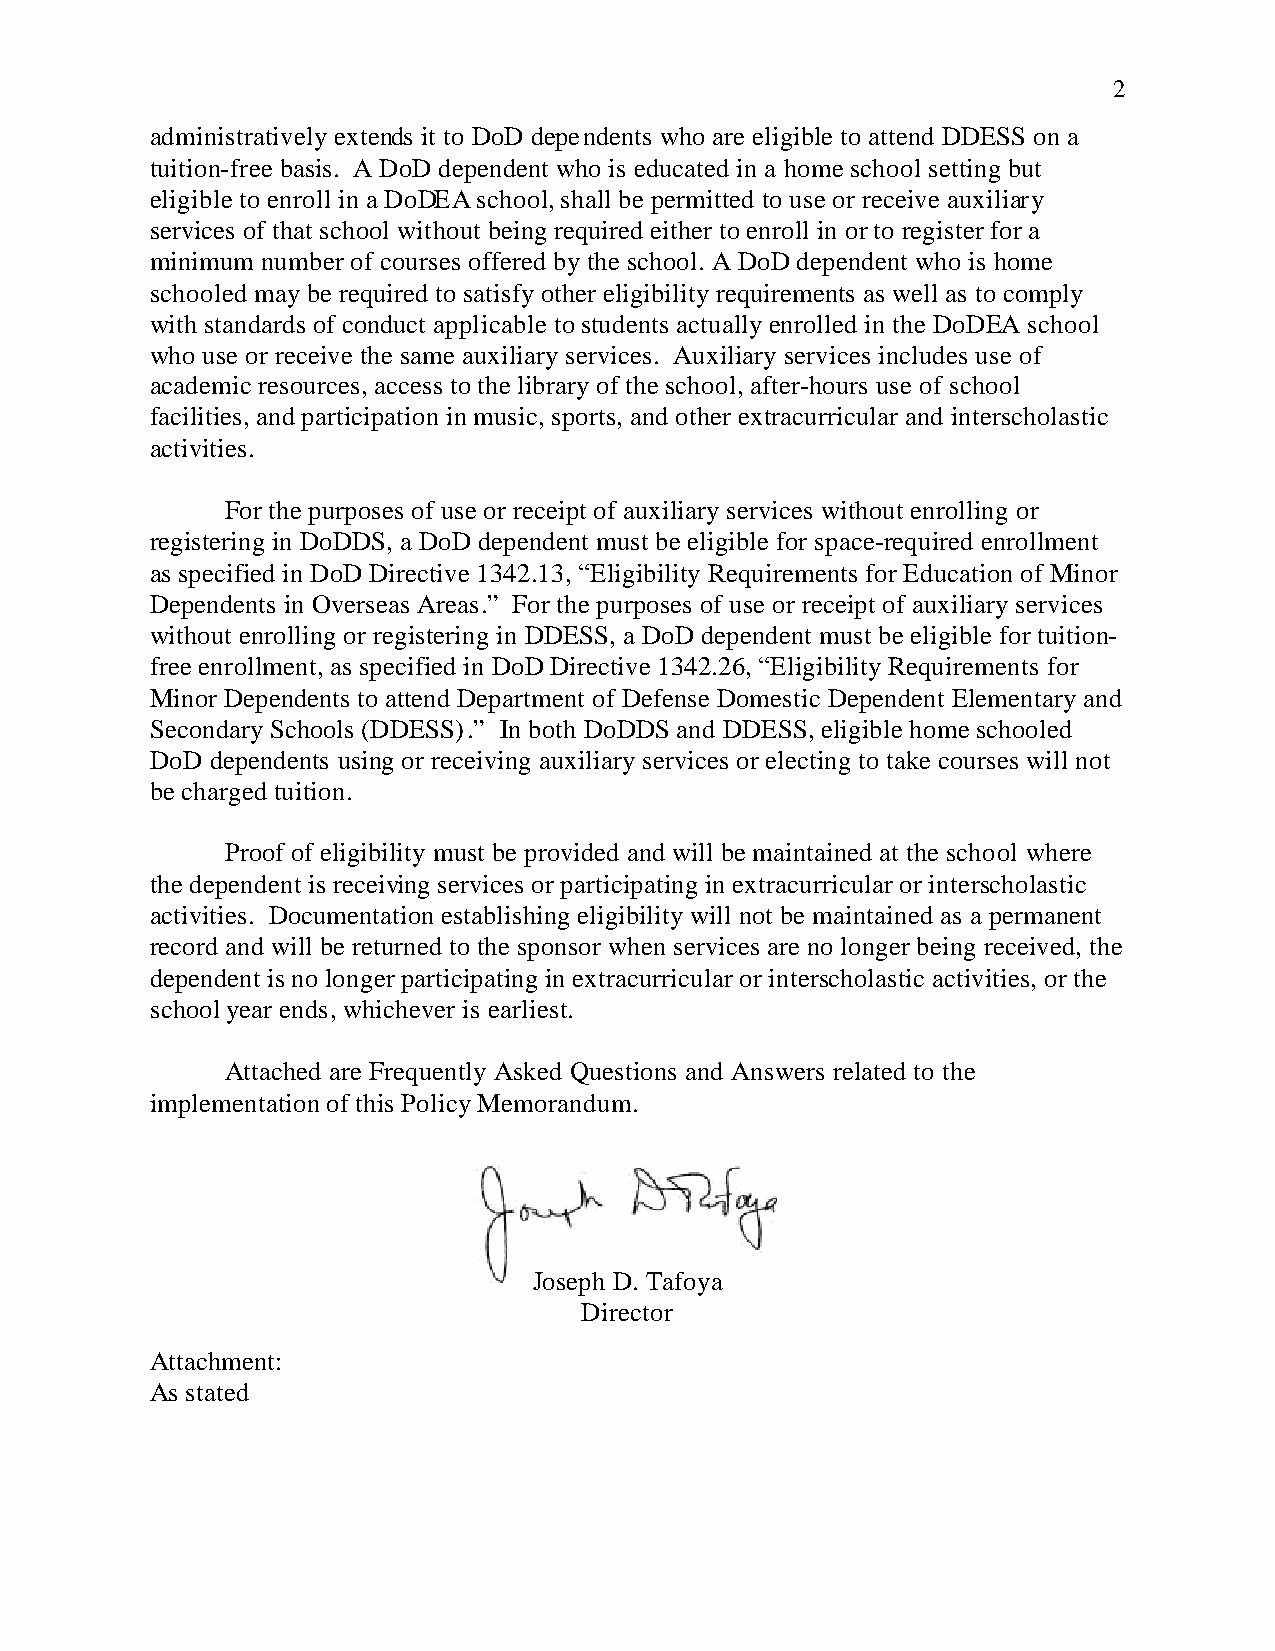
2
 administratively extends it to DoD dependents who are eligible to attend DDESS on a
 tuition-free basis. A DoD dependent who is educated in a home school setting but
 eligible to enroll in a DoDEA school, shall be permitted to use or receive auxiliary
 services of that school without being required either to enroll in or to register for a
 minimum number of courses offered by the school. A DoD dependent who is home
 schooled may be required to satisfy other eligibility requirements as well as to comply
 with standards of conduct applicable to students actually enrolled in the DoDEA school
 who use or receive the same auxiliary services. Auxiliary services includes use of
 academic resources, access to the library of the school, after-hours use of school
 facilities, and participation in music, sports, and other extracurricular and interscholastic
 activities.
 For the purposes of use or receipt of auxiliary services without enrolling or
 registering in DoDDS, a DoD dependent must be eligible for space-required enrollment
 as specified in DoD Directive 1342.13, “Eligibility Requirements for Education of Minor
 Dependents in Overseas Areas.” For the purposes of use or receipt of auxiliary services
 without enrolling or registering in DDESS, a DoD dependent must be eligible for tuition-
 free enrollment, as specified in DoD Directive 1342.26, “Eligibility Requirements for
 Minor Dependents to attend Department of Defense Domestic Dependent Elementary and
 Secondary Schools (DDESS).” In both DoDDS and DDESS, eligible home schooled
 DoD dependents using or receiving auxiliary services or electing to take courses will not
 be charged tuition.
 Proof of eligibility must be provided and will be maintained at the school where
 the dependent is receiving services or participating in extracurricular or interscholastic
 activities. Documentation establishing eligibility will not be maintained as a permanent
 record and will be returned to the sponsor when services are no longer being received, the
 dependent is no longer participating in extracurricular or interscholastic activities, or the
 school year ends, whichever is earliest.
 Attached are Frequently Asked Questions and Answers related to the
 implementation of this Policy Memorandum.
 Joseph D. Tafoya
 Director
 Attachment:
 As stated